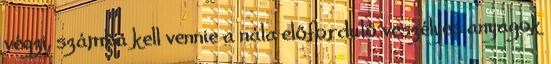
végzi, számba kell vennie a nála előforduló veszélyes anyagok